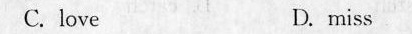
C.love D. miss